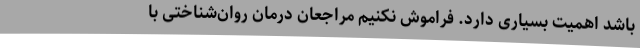
باشد اهمیت بسیاری دارد. فراموش نکنیم مراجعان درمانِ روان‌شناختی با